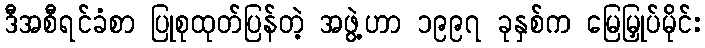
ဒီအစီရင်ခံစာ ပြုစုထုတ်ပြန်တဲ့ အဖွဲ့ဟာ ၁၉၉၇ ခုနှစ်က မြေမြှုပ်မိုင်း